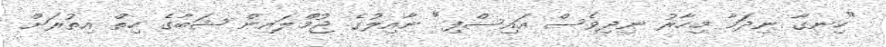
"ހިނގާ ނިދަމާ މިހާރު ނިދިވެސް އައިސްފި" ނާއިލުގެ ޖުމްލައިން ޝަބާގެ ހިތް އިތުރަށް